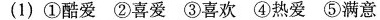
(1)①酷爱②喜爱③喜欢④热爱⑤满意